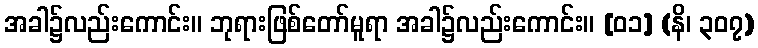
အခါ၌လည်းကောင်း။ ဘုရားဖြစ်တော်မူရာ အခါ၌လည်းကောင်း။ [၀၁] (နိ၊ ၃၀၇)